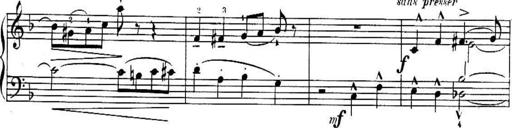
Title: Sonatines
Composer: Hedwige ChrÃ©tien